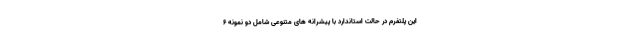
این پلتفرم در حالت استاندارد با پیشرانه های متنوعی شامل دو نمونه 6